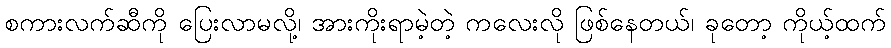
စကားလက်ဆီကို ပြေးလာမလို့၊ အားကိုးရာမဲ့တဲ့ ကလေးလို ဖြစ်နေတယ်၊ ခုတော့ ကိုယ့်ထက်